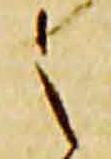
之